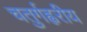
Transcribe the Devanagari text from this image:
चतुर्गह्वरीय